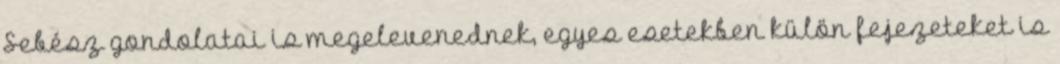
Sebész gondolatai is megelevenednek, egyes esetekben külön fejezeteket is